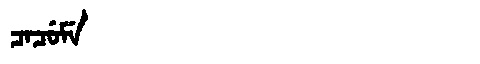
Manchu: ᠴᠠᠴᡠᠮᡝ
Romanization: CACUME